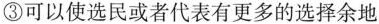
③可以使选民或者代表有更多的选择余地